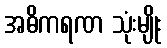
အဓိကရဏ သုံးမျိုး